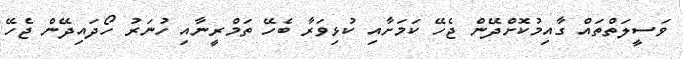
ވަސީލަތްތައް ގާއިމުކޮށްދޭން ޖެހޭ ކަމަށާއި ކުޅިވަރާ ބެހޭ ތަމްރީނާއި ހުނަރު ހޯދައިދޭން ޖެހޭ